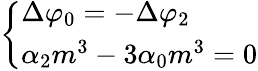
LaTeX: \left\{ \begin{array}{l}{\Delta\varphi_{0}=-\Delta\varphi_{2}}\\ {\alpha_{2}m^{3}-3\alpha_{0}m^{3}=0}\end{array}\right.